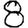
Digit: 8